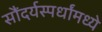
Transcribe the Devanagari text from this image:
सौंदर्यस्पर्धांमध्ये